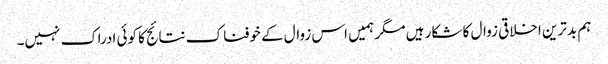
ہم بدترین اخلاقی زوال کا شکار ہیں مگر ہمیں اس زوال کے خوفناک نتائج کا کوئی ادراک نہیں۔